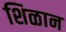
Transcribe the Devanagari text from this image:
शिळान